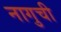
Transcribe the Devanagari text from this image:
नागुची